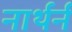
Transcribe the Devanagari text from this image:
नार्थर्न